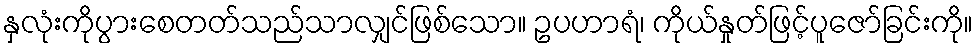
နှလုံးကိုပွားစေတတ်သည်သာလျှင်ဖြစ်သော။ ဥပဟာရံ၊ ကိုယ်နှုတ်ဖြင့်ပူဇော်ခြင်းကို။